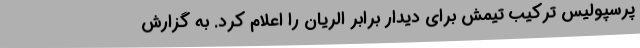
پرسپولیس ترکیب تیمش برای دیدار برابر الریان را اعلام کرد. به گزارش